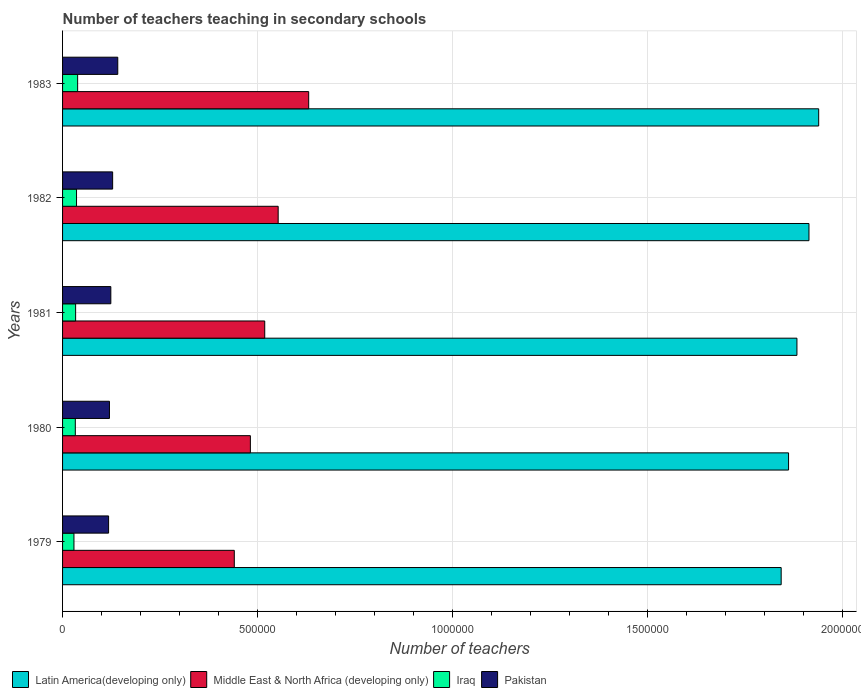
| Years | Latin America(developing only) | Middle East & North Africa (developing only) | Iraq | Pakistan |
 | --- | --- | --- | --- | --- |
 | 1979 | 1.84e+06 | 4.41e+05 | 2.92e+04 | 1.18e+05 |
 | 1980 | 1.86e+06 | 4.82e+05 | 3.27e+04 | 1.2e+05 |
 | 1981 | 1.88e+06 | 5.19e+05 | 3.35e+04 | 1.24e+05 |
 | 1982 | 1.91e+06 | 5.53e+05 | 3.58e+04 | 1.28e+05 |
 | 1983 | 1.94e+06 | 6.31e+05 | 3.87e+04 | 1.42e+05 |